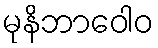
မုနိဘာဝေါဝ